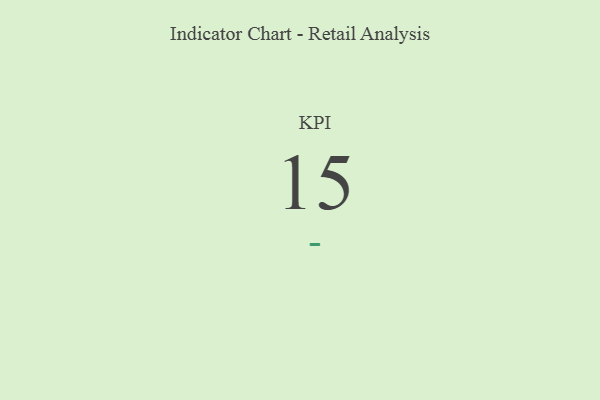
{"axis": {"x": "KPI", "y": "Value"}, "legend": [""], "data": [{"x": "KPI", "y": 15, "type": ""}]}